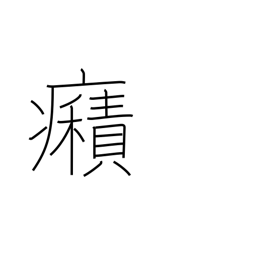
Meaning: spasms